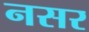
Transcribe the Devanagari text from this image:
नसर